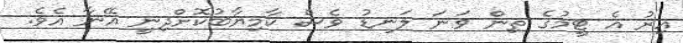
އިރު އެ ޓީމުގެ ތިން ވަނަ ލަނޑު ވެސް ކާމިޔާބުކޮށްދިނީ އޭނާ އެވެ.